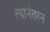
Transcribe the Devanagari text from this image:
त्यानंतरन